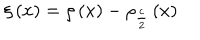
\xi \left( x \right) = \rho \left( x \right) - \rho _ { \frac { c } { 2 } } \left( x \right)